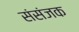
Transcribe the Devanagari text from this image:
संसंजक